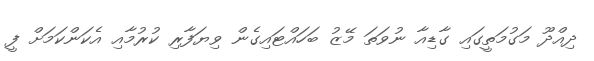
ދިއްދޫ މަގުމަތީގައި ގާޑިއާ ނުވަތަ މޭޒު ބަހައްޓައިގެން ވިޔަފާރި ކުރުމާއި އެކަންކަމަށް ފީ